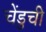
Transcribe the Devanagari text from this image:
चेंडुची